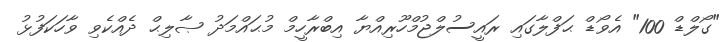
"ގޯލްޑް 100" އެވޯޑް ޙަފްލާގައި ރައީސުލްޖުމްހޫރިއްޔާ އިބްރާހީމް މުޙައްމަދު ޞާލިޙް ދެއްކެވި ވާހަކަފުޅު